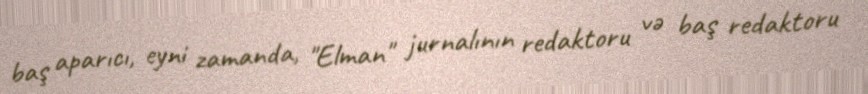
baş aparıcı, eyni zamanda, "Elman" jurnalının redaktoru və baş redaktoru